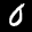
Label: 0